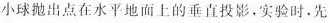
小球抛出点在水平地面上的垂直投影，实验时，先